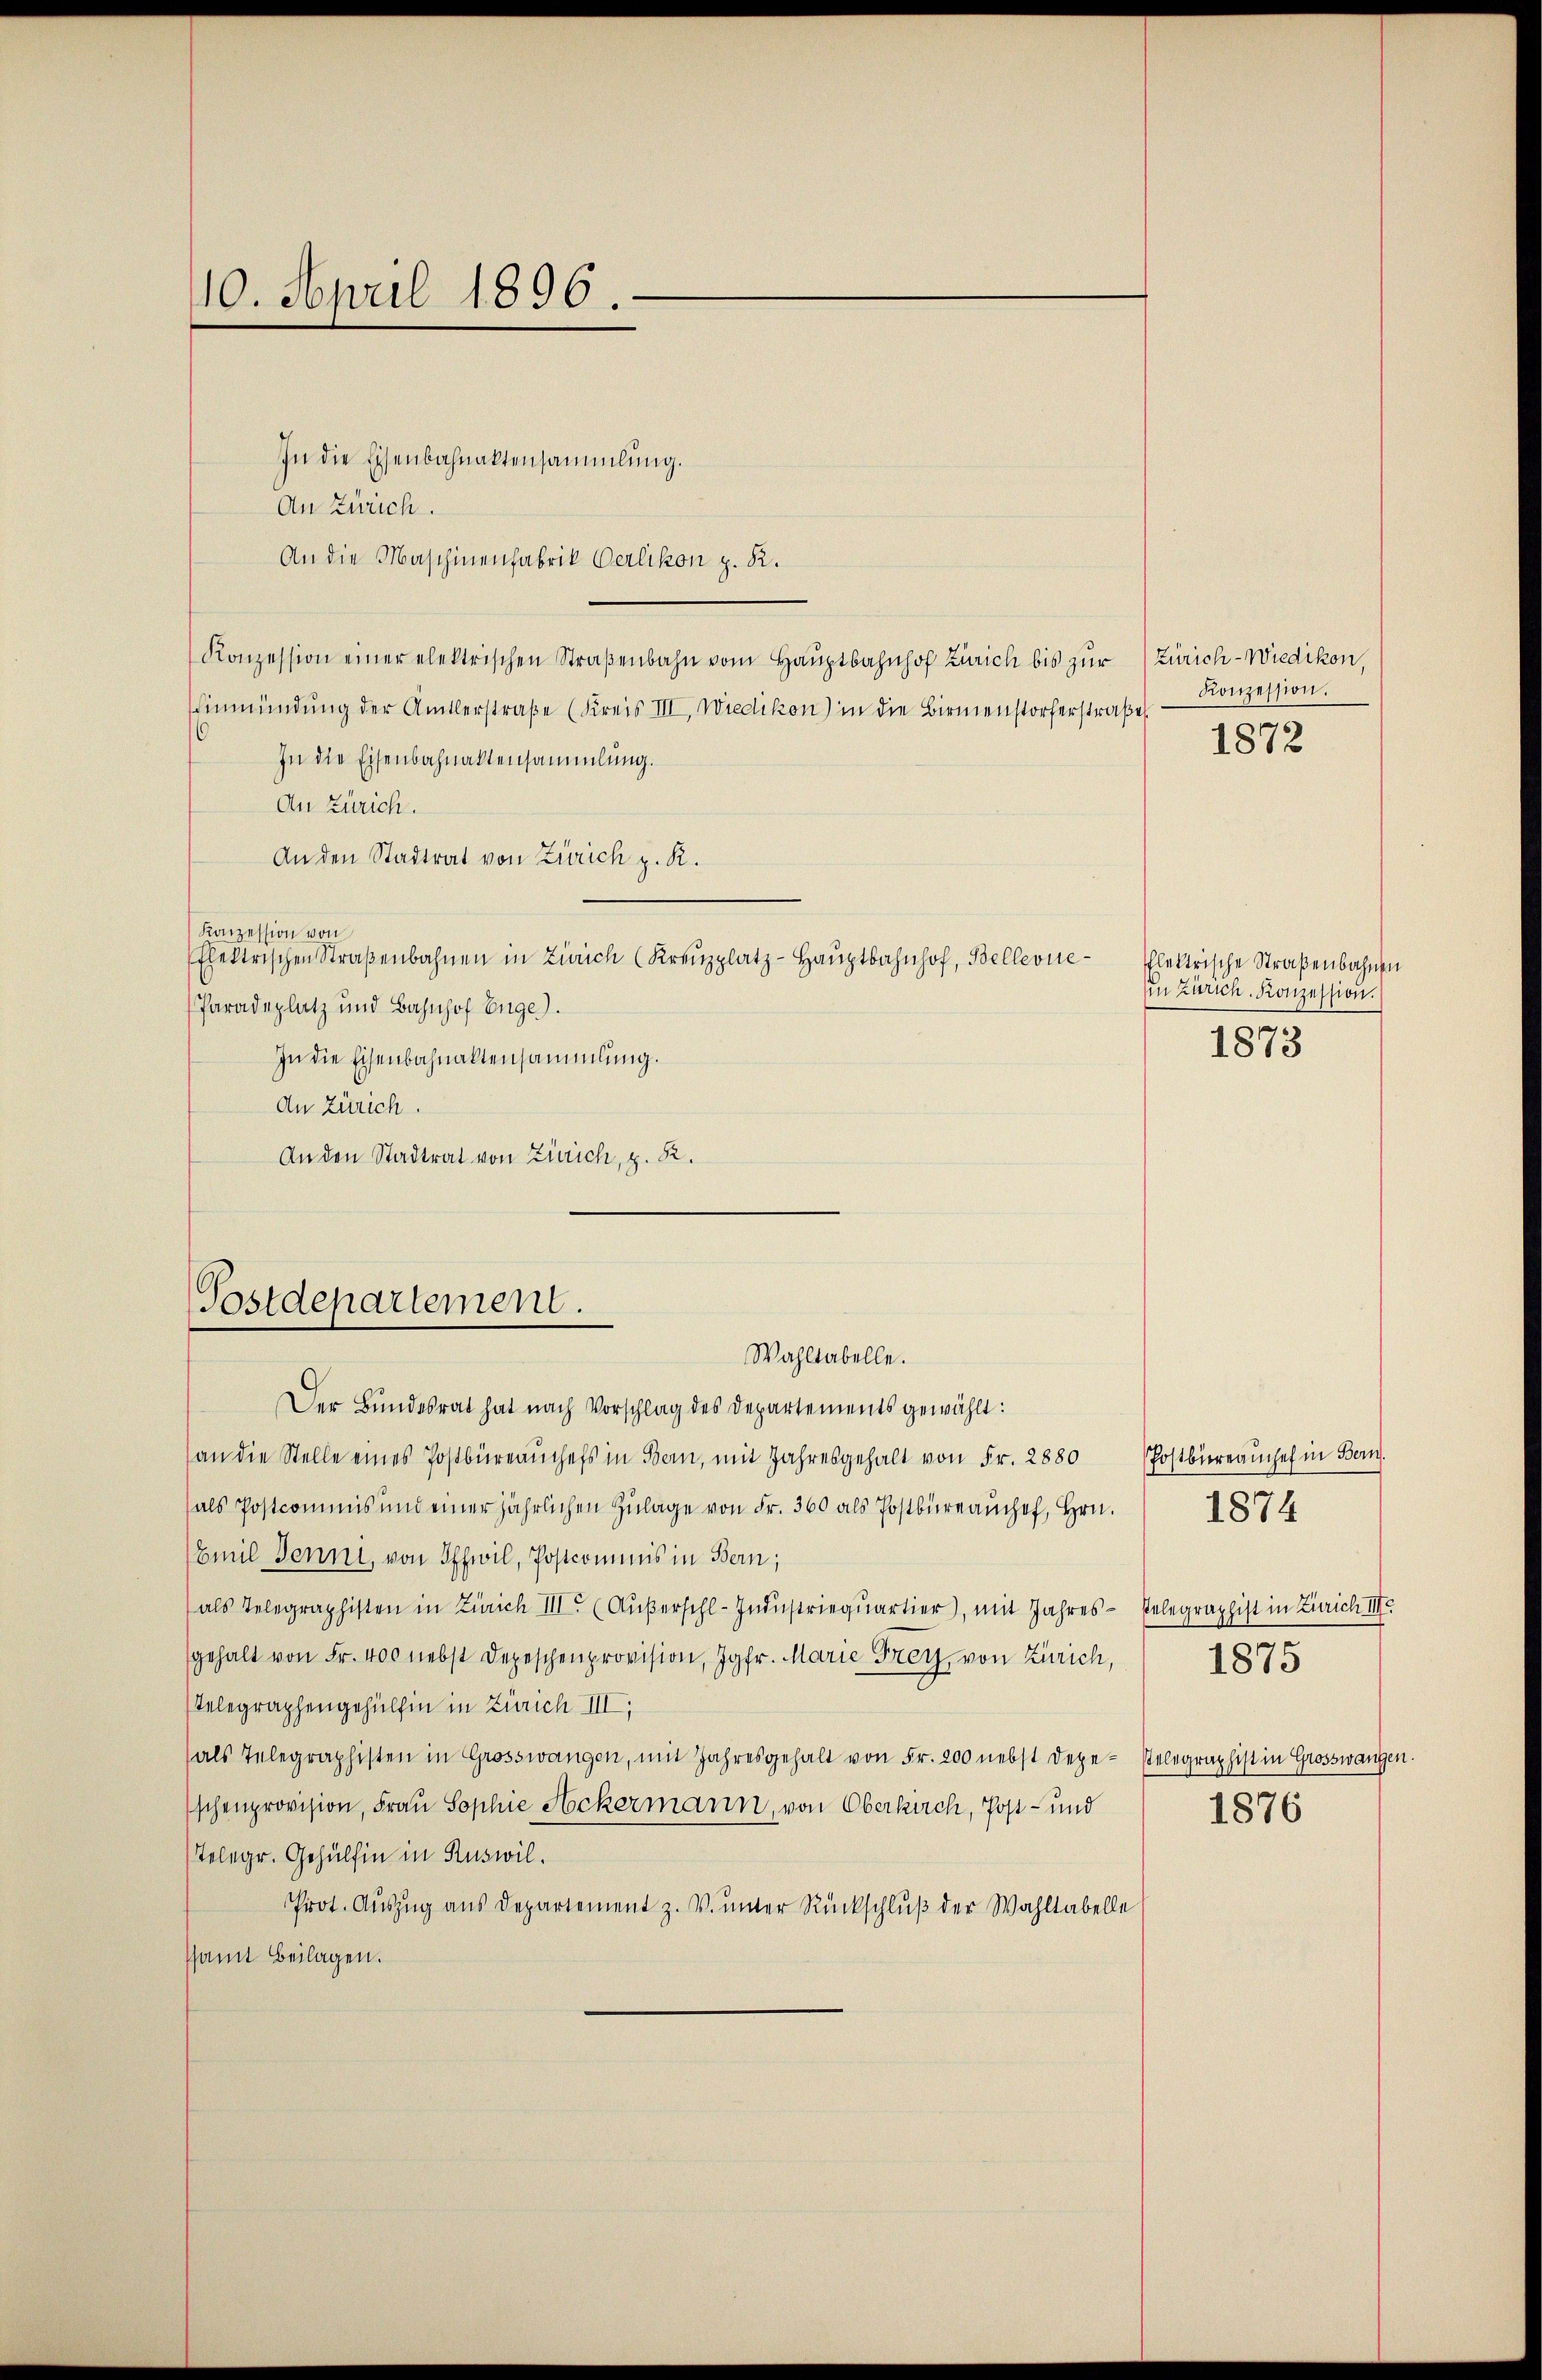
110. April 1896.

In die Eisenbahnaktensammlung.
An Zürich.
An die Maschinenfabrik Oerlikon z. R.
Konzession einer elektrischen Straβenbahn vom Haŭptbahnhof Zürich bis zŭr Zürich-Wiedikon,
Einmündung der Amtlerstraße (Kreis III, Wiedikon) in die Birmenstorferstraße
 In die Eisenbahnaktensammlung.
An Zürich.
An den Stadtrat von Zürich z. R.
Konzession von
Elektrischen Straßenbahnen in Zürich (Kreŭzplatz-Hauptbahnhof, Bellevue¬
Paradeplatz und Bahnhof Enge).
In die Eisenbahnaktensammlung.
An Zürich.
An den Stadtrat von Zürich, z. B.

Postdepartement.
Wahltabelle.

Der Bundesrat hat nach Vorschlag des Departements gewählt:
an die Stelle eines Postbüreauchefs in Bern, mit Jahresgehalt von Fr. 2880
als Postcommis und einer jährlichen Zŭlage von Fr. 360 als Postbüraŭch Hrn. 1874
Emil Jenni, von Offwil, Postcommis in Bern;
als Telegraphisten in Zürich III (Aŭβerschl. Indŭstrieqŭartier), mit Jahres-
gehalt von Fr. 400 nebst Depeschenprovision, Jgfr. Marie Frey, von Zürich, 1875
Telegraphengehülfen in Zürich III,
(als Telegraphisten in Grosswangen, mit Jahresgehalt von Fr. 200 nebst depe-Pelographist in Grosswangen.
schenprovision, Frau Sophie Ackermann, von Oberkirch, Post- und
Telegr. Gehülfen in Ruswil.
Prot. Aŭszŭg aŭs Departement z. V. ŭnter Rückschlŭβ der Wahltabelle
ssamt Beilagen.

Konzession.

1872

hlektrische Straßenbahnen
in Zürich. Konzession.

1873

Postbüreauches in Bern.
Pelegraphist in Zürich III.
1876